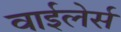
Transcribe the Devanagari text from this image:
वाईलेर्स